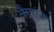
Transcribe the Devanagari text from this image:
लैगरांज